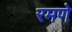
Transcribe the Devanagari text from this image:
रमणे